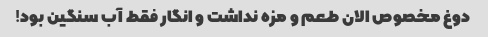
دوغ مخصوص الان طعم و مزه نداشت و انگار فقط آب سنگین بود!